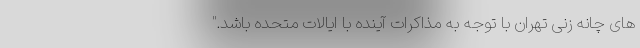
های چانه زنی تهران با توجه به مذاکرات آینده با ایالات متحده باشد."